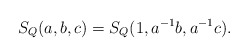
\begin{align*}S_Q(a,b,c)=S_Q(1,a^{-1}b,a^{-1}c).\end{align*}